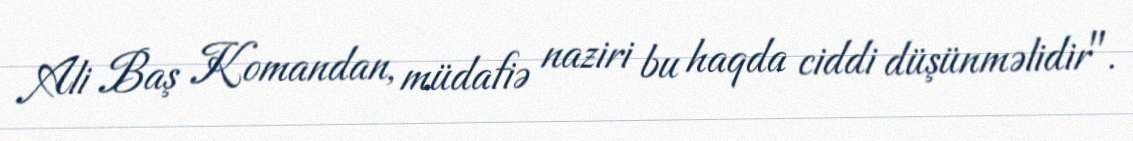
Ali Baş Komandan, müdafiə naziri bu haqda ciddi düşünməlidir".